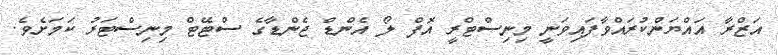
އަޒްރާ އައްޔަންކުރައްވާފައިވަނީ މިނިސްޓްރީ އޮފް ލޯ އެންޑް ޖެންޑާގެ ސްޓޭޓް މިނިސްޓަރު ކަމަށެވެ.